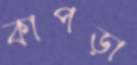
কাপড়া